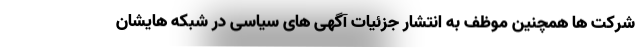
شرکت ها همچنین موظف به انتشار جزئیات آگهی های سیاسی در شبکه هایشان